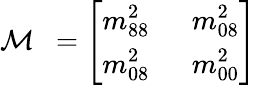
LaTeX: {\cal M}~~=\left[\begin{array}{lll}{{\displaystyle m_{88}^{2}}}&{{~~\displaystyle m_{08}^{2}}}\\ {{\displaystyle m_{08}^{2}}}&{{~~\displaystyle m_{00}^{2}}}\end{array}\right]